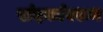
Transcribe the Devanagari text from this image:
खंदकांवरून